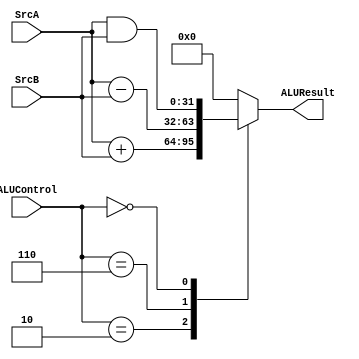

module ALU(
    input      [31 : 0] SrcA, SrcB,
    input      [2 : 0] ALUControl,
    output reg [31 : 0]ALUResult);

localparam 
add = 3'b010,
sub = 3'b110,
andd= 3'b000,
orr = 3'b001, // ignore for now
slt = 3'b111; // ignore for now

always @(*) begin
    case (ALUControl)
        add :  ALUResult = SrcA + SrcB;
        sub :  ALUResult = SrcA - SrcB;
        andd:  ALUResult = SrcA & SrcB;
        default: ALUResult = 0;
    endcase
end


endmodule